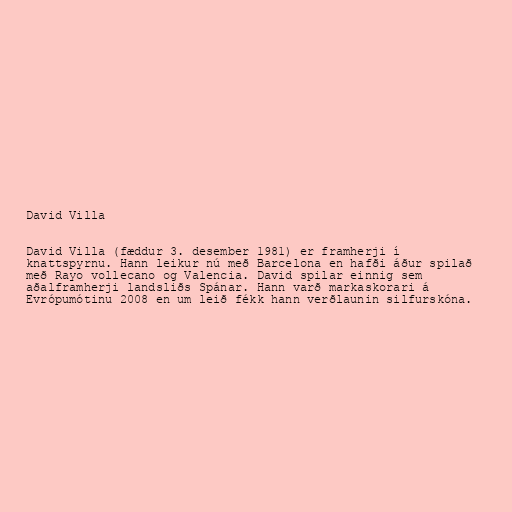
David Villa

David Villa (fæddur 3. desember 1981) er framherji í
knattspyrnu. Hann leikur nú með Barcelona en hafði áður spilað
með Rayo vollecano og Valencia. David spilar einnig sem
aðalframherji landsliðs Spánar. Hann varð markaskorari á
Evrópumótinu 2008 en um leið fékk hann verðlaunin silfurskóna.